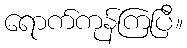
ရောက်ကုန်ကြပြီ။